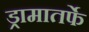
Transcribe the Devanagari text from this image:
ड्रामातर्फे